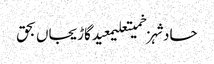
حادثہزخمیتعلیمعیدگاڑیجاں بحق